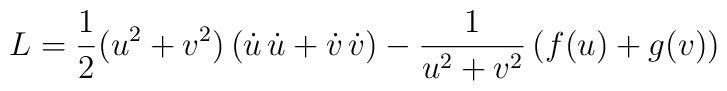
L = \displaystyle\frac{1}{2} (u^2+v^2) \left( \dot{u} \, \dot{u} +\dot{v} \, \dot{v} \right)-\displaystyle\frac{1}{u^2+v^2} \left( f(u)+g(v) \right)